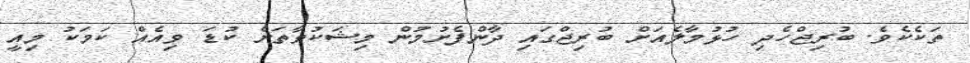
ތަކެކެވެ. ބުރިޖްހެދި ހުޅުމާލެއަށް ބުރިޖްގައި ދާންފެށުމުން މިޝަކުވާތަށް ކުޑަ ވިއެއް ކަމަކު މިއީ